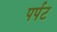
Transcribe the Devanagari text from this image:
पर्पट